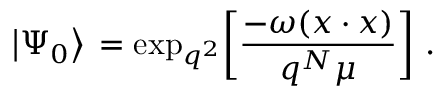
\big | \Psi _ { 0 } \big > \, = \mathrm { e x p } _ { q ^ { 2 } } \bigg [ { \frac { - \omega ( x \cdot x ) } { q ^ { N } \mu } } \bigg ] \ .